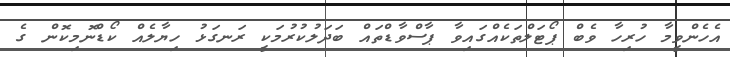
އެހެންވީމާ ހުރިހާ ވެބް ޕޯޓަލްތަކެއްގައިވާ ޕާސްވާޑްތައް ބަދަލުކުރުމަކީ ރަނގަޅު ހިޔާލެއް ކޯޑްނޮމިކޮން ގެ